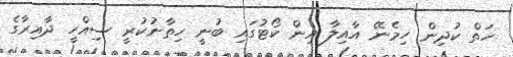
ހަތް ކުދިން ހިމެނޭ އާއިލާ އިން ކޯޓުގައި ބުނީ ހިތާނުކުރީ ސިއްހީ ދާއިރާގެ